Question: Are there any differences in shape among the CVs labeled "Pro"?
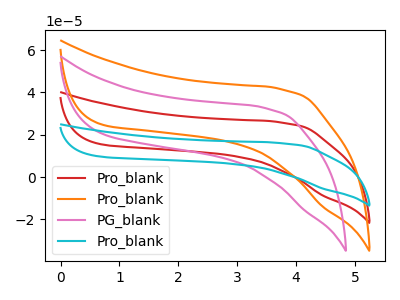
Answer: <think>The red curve "Pro_blank" has no peaks. The orange curve "Pro_blank" has no peaks. The pink curve "PG_blank" has no peaks. The cyan curve "Pro_blank" has no peaks.
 Neither "Pro_blank" or "Pro_blank" have any peaks. Neither "Pro_blank" or "PG_blank" have any peaks. Neither "Pro_blank" or "Pro_blank" have any peaks. Neither "Pro_blank" or "PG_blank" have any peaks. Neither "Pro_blank" or "Pro_blank" have any peaks. Neither "PG_blank" or "Pro_blank" have any peaks.</think>
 <answer>All the CV's of "Pro" have similar shape.</answer>
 <eval>follow_rule</eval>